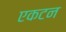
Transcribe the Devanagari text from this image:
एकटन